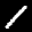
Label: 1